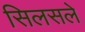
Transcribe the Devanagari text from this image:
सिलसले